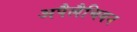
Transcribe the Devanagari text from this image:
अपैलैचियन